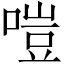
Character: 𠹛